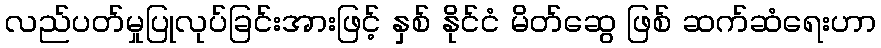
လည်ပတ်မှုပြုလုပ်ခြင်းအားဖြင့် နှစ် နိုင်ငံ မိတ်ဆွေ ဖြစ် ဆက်ဆံရေးဟာ